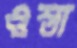
ওস্তা